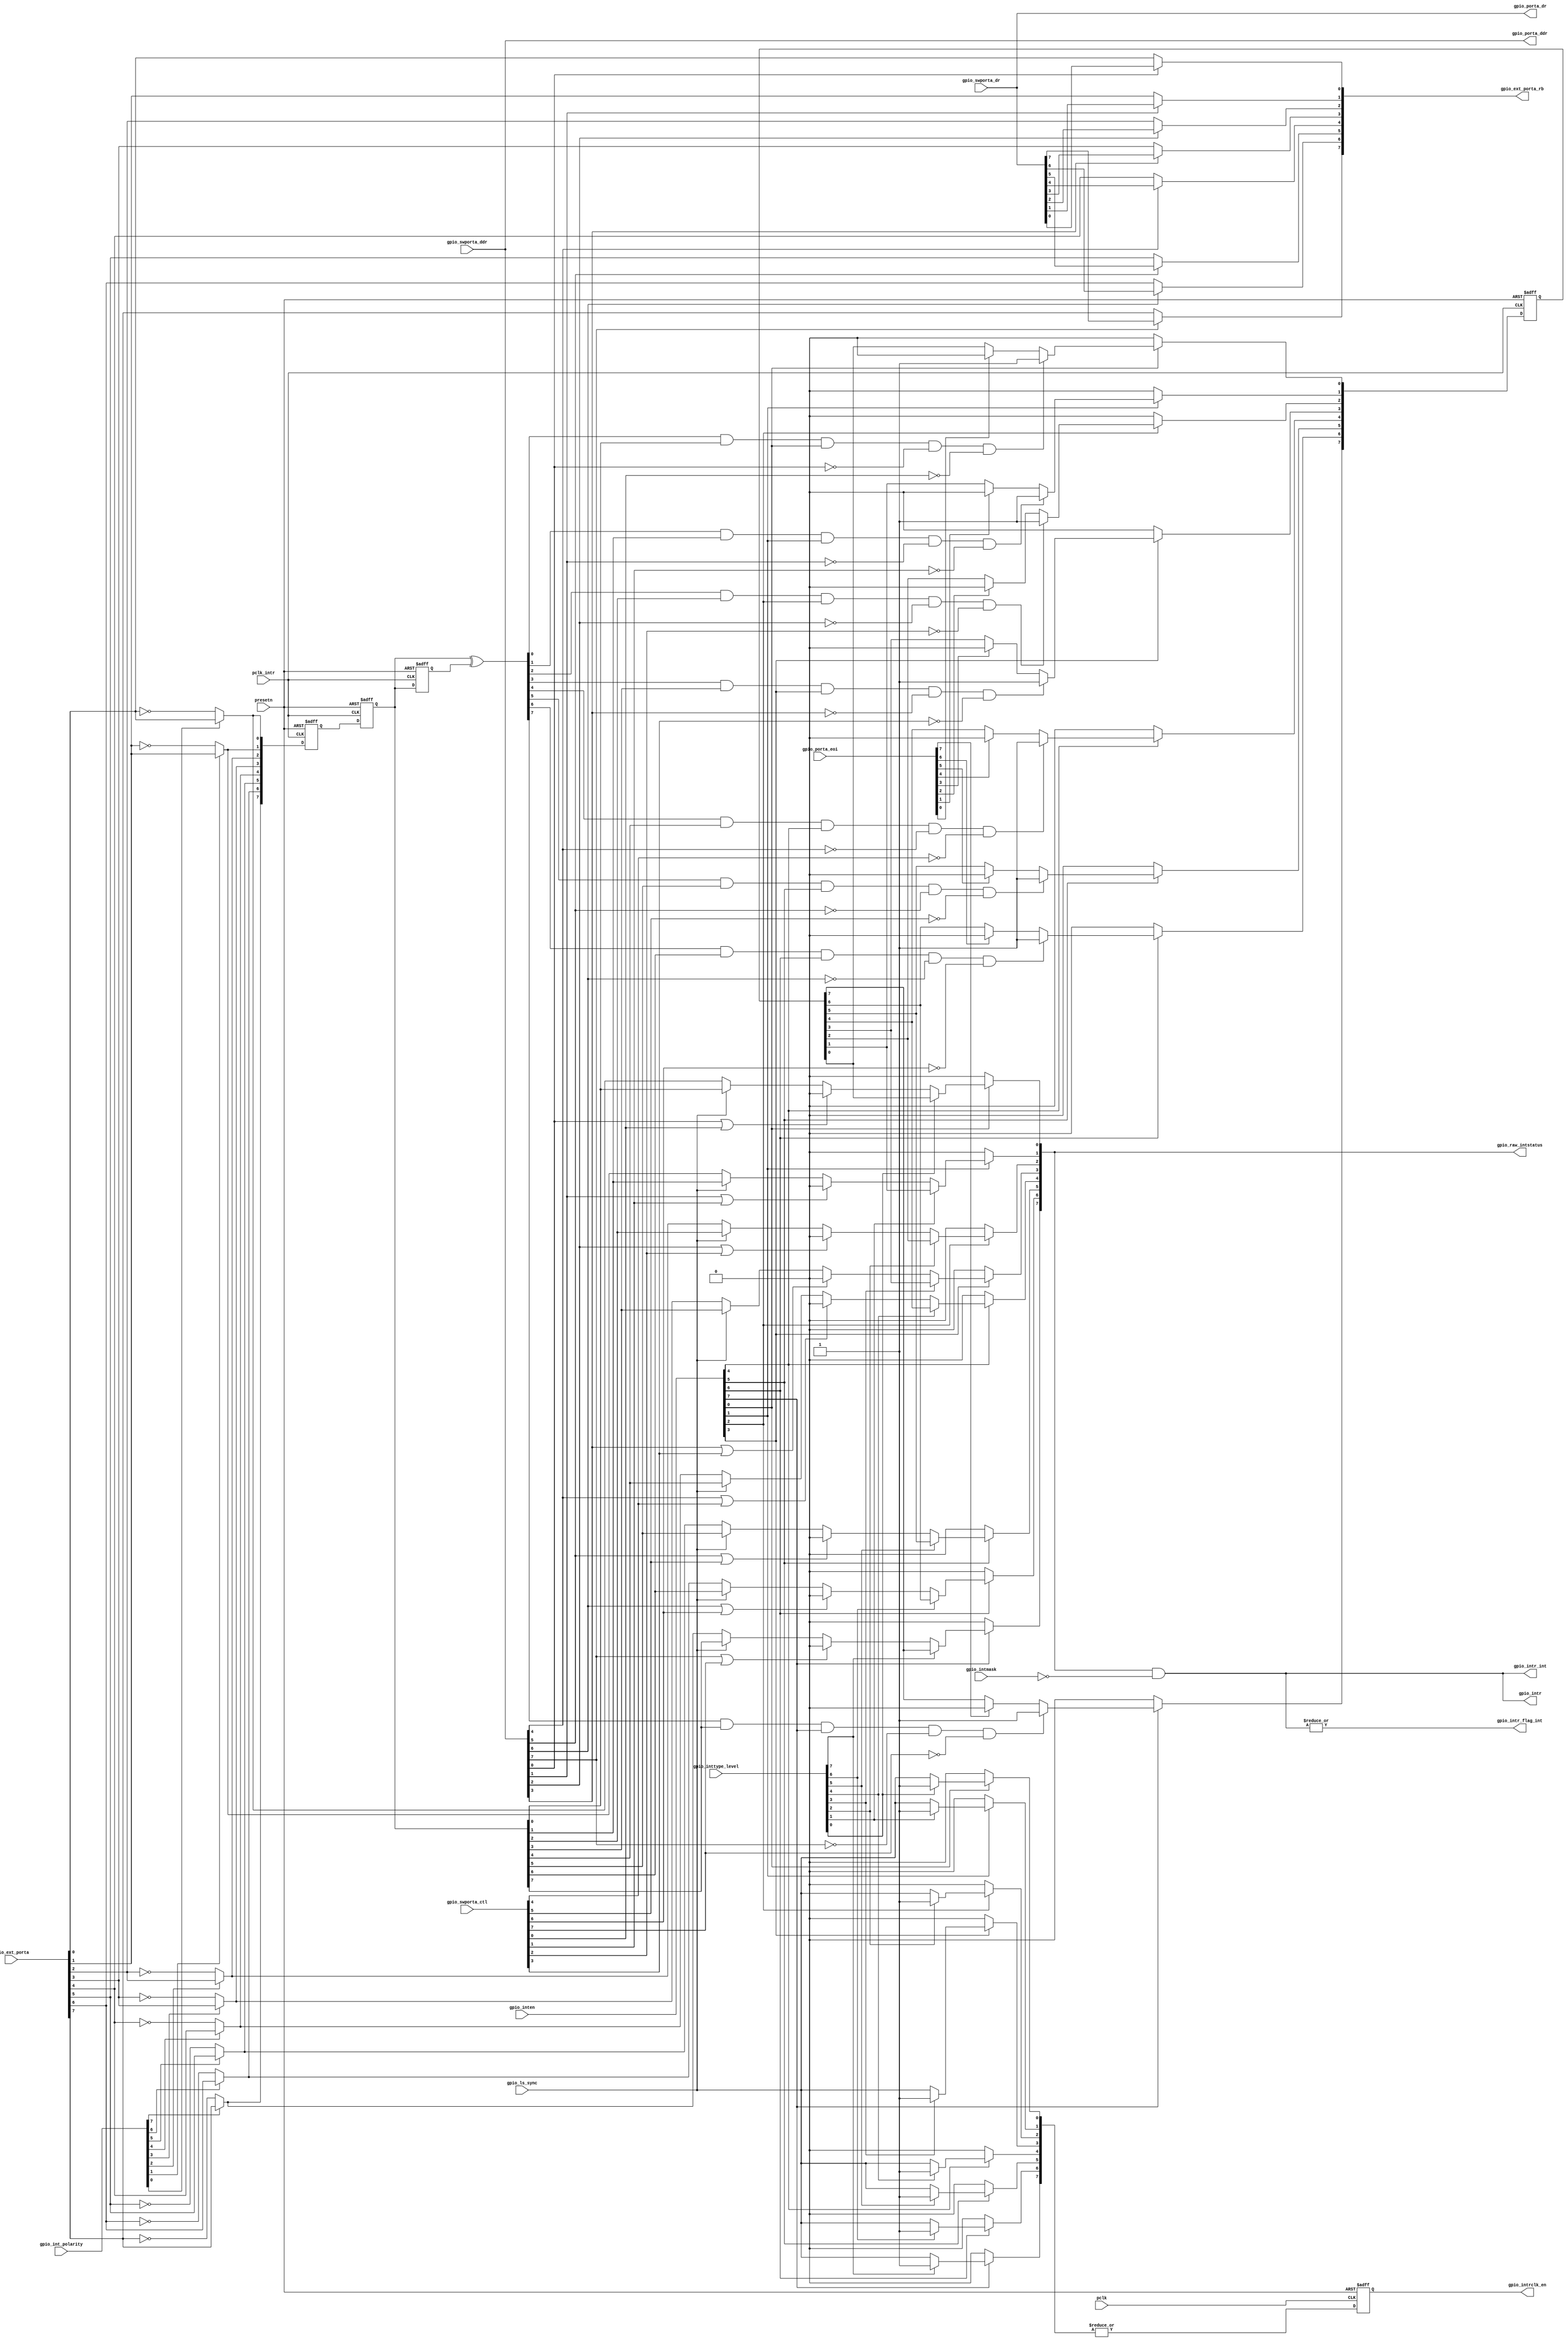
// This program was cloned from: https://github.com/verimake-team/SparkRoad-V
// License: MIT License

// *                                                                           *
// * C-Sky Microsystems Confidential                                           *
// * -------------------------------                                           *
// * This file and all its contents are properties of C-Sky Microsystems. The  *
// * information contained herein is confidential and proprietary and is not   *
// * to be disclosed outside of C-Sky Microsystems except under a              *
// * Non-Disclosure Agreement (NDA).                                           *
// *                                                                           *
// *****************************************************************************
// ORIGINAL TIME   :
// FUNCTION        : control gpio
// RESET           : asynchronism
// DFT             :
// DFP             :
// VERIFICATION    :
// RELEASE HISTORY :
// *****************************************************************************

// &ModuleBeg; @21
module gpio_ctrl(
  gpio_ext_porta,
  gpio_ext_porta_rb,
  gpio_int_polarity,
  gpio_inten,
  gpio_intmask,
  gpio_intr,
  gpio_intr_flag_int,
  gpio_intr_int,
  gpio_intrclk_en,
  gpio_inttype_level,
  gpio_ls_sync,
  gpio_porta_ddr,
  gpio_porta_dr,
  gpio_porta_eoi,
  gpio_raw_intstatus,
  gpio_swporta_ctl,
  gpio_swporta_ddr,
  gpio_swporta_dr,
  pclk,
  pclk_intr,
  presetn
);

// &Ports; @22
input   [7:0]  gpio_ext_porta;           
input   [7:0]  gpio_int_polarity;        
input   [7:0]  gpio_inten;               
input   [7:0]  gpio_intmask;             
input   [7:0]  gpio_inttype_level;       
input          gpio_ls_sync;             
input   [7:0]  gpio_porta_eoi;           
input   [7:0]  gpio_swporta_ctl;         
input   [7:0]  gpio_swporta_ddr;         
input   [7:0]  gpio_swporta_dr;          
input          pclk;                     
input          pclk_intr;                
input          presetn;                  
output  [7:0]  gpio_ext_porta_rb;        
output  [7:0]  gpio_intr;                
output         gpio_intr_flag_int;       
output  [7:0]  gpio_intr_int;            
output         gpio_intrclk_en;          
output  [7:0]  gpio_porta_ddr;           
output  [7:0]  gpio_porta_dr;            
output  [7:0]  gpio_raw_intstatus;       

// &Regs; @23
reg     [7:0]  ed_int_d1;                
reg     [7:0]  ed_out;                   
reg     [7:0]  gpio_ext_porta_int;       
reg     [7:0]  gpio_ext_porta_rb;        
reg     [7:0]  gpio_intr_ed_pm;          
reg            gpio_intrclk_en;          
reg     [7:0]  gpio_porta_ddr;           
reg     [7:0]  gpio_porta_dr;            
reg     [7:0]  int_gpio_raw_intstatus;   
reg     [7:0]  int_pre_in;               
reg     [7:0]  int_s1;                   
reg     [7:0]  int_sy_in;                
reg     [7:0]  intrclk_en;               
reg     [7:0]  ls_int_in;                

// &Wires; @24
wire    [7:0]  ed_rf;                    
wire    [7:0]  gpio_ext_porta;           
wire    [7:0]  gpio_int_polarity;        
wire    [7:0]  gpio_inten;               
wire    [7:0]  gpio_intmask;             
wire    [7:0]  gpio_intr;                
wire           gpio_intr_flag_int;       
wire    [7:0]  gpio_intr_int;            
wire           gpio_intrclk_en_int;      
wire    [7:0]  gpio_inttype_level;       
wire           gpio_ls_sync;             
wire    [7:0]  gpio_porta_eoi;           
wire    [7:0]  gpio_raw_intstatus;       
wire    [7:0]  gpio_swporta_ctl;         
wire    [7:0]  gpio_swporta_ctl_internal; 
wire    [7:0]  gpio_swporta_ddr;         
wire    [7:0]  gpio_swporta_dr;          
wire    [7:0]  int_in;                   
wire           pclk;                     
wire           pclk_intr;                
wire           presetn;                  


// &Force("output", "gpio_intr"); @26
// &Force("output", "gpio_intr_int"); @27
// &Force("output", "gpio_raw_intstatus"); @28
// &Force("output", "gpio_porta_ddr"); @29

// gpio_intrclk_en output asserted if any bit of port
// a is enabled for edge sensitive interrupts or
// any bit of port a is enabled for level sensitive
// interrupts and level sensitive synchronisation
// is required.
integer type_i;
// &CombBeg; @37
always @( gpio_inttype_level[1:0]
       or gpio_ls_sync
       or gpio_inten[7:0]
       or gpio_inttype_level[7:1])
begin

  for(type_i = 0 ; type_i < 8 ; type_i=type_i+1)
  begin
    if(gpio_inten[type_i] == 1'b1)
      if(gpio_inttype_level[type_i] == 1'b1)
        intrclk_en[type_i] = 1'b1;
      else
        intrclk_en[type_i] = gpio_ls_sync;
    else
      intrclk_en[type_i] = 1'b0;
  end
// &CombEnd; @49
end

assign gpio_intrclk_en_int = | intrclk_en;

always@(posedge pclk or negedge presetn)
begin
  if(!presetn)
    gpio_intrclk_en <= 1'b0;
  else
    gpio_intrclk_en <= gpio_intrclk_en_int;
end

// Input is inverted for falling edge or active low 
// sensitive interrupts.
integer polarity_i;
// &CombBeg; @64
always @( gpio_ext_porta[1:0]
       or gpio_int_polarity[7:0]
       or gpio_ext_porta[7:0]
       or gpio_int_polarity[1:0])
begin
  gpio_ext_porta_int[7:0] = {8{1'b0}};
  for(polarity_i = 0 ; polarity_i < 8 ; polarity_i=polarity_i+1)
  begin
    if(gpio_int_polarity[polarity_i] == 1'b0)
      gpio_ext_porta_int[polarity_i] =  ~gpio_ext_porta[polarity_i];
    else
      gpio_ext_porta_int[polarity_i] =  gpio_ext_porta[polarity_i];
  end
// &CombEnd; @73
end

// &CombBeg; @75
always @( gpio_ext_porta_int[7:0])
begin
  int_sy_in[7:0] = {8{1'b0}};
  int_sy_in[7:0] = gpio_ext_porta_int[7:0];
// &CombEnd; @78
end

// Meta-stabilty registers. Synchronize to pclk_intr. 
always @(posedge pclk_intr or negedge presetn)
begin
  if(!presetn)
    int_s1[7:0] <= {8{1'b0}};
  else
    int_s1[7:0] <= int_sy_in[7:0];
end

always @(posedge pclk_intr or negedge presetn)
begin 
  if(!presetn)
    int_pre_in[7:0] <= {8{1'b0}};
  else
    int_pre_in[7:0] <= int_s1;
end

assign int_in[7:0] = int_pre_in[7:0];

// edge detect circuitry.
always @(posedge pclk_intr or negedge presetn)
begin
  if(!presetn)
    ed_int_d1[7:0] <= {8{1'b0}};
  else
    ed_int_d1[7:0] <= int_in[7:0];
end

assign ed_rf[7:0] = int_in ^ ed_int_d1;

// Rising edge detect 
integer ed_j;
// &CombBeg; @112
always @( ed_rf[7:0]
       or int_in[7:0])
begin

  ed_out[7:0] = {8{1'b0}};
  for(ed_j = 0 ; ed_j < 8 ; ed_j=ed_j+1)
  begin
    ed_out[ed_j] =  ed_rf[ed_j] & int_in[ed_j];
  end
// &CombEnd; @119
end

// edge detect interrupt register pre-masking. If edge detection
// occurs at same time as write to interrupt clear register then 
// write to interrupt clear register will not clear the interrupt. 
// Interrupts can only be set when direction is input and in 
// software mode.
assign gpio_swporta_ctl_internal[7:0] = gpio_swporta_ctl[7:0];
integer int_k;
always @(posedge pclk_intr or negedge presetn)
begin
  if(!presetn)
    gpio_intr_ed_pm[7:0] <= {8{1'b0}};
  else
    for(int_k = 0 ; int_k < 8 ; int_k=int_k+1)
    begin
      if(gpio_inten[int_k] == 1'b0)
        gpio_intr_ed_pm[int_k] <= 1'b0;
      else
        if((ed_out[int_k] == 1'b1) &&
           (gpio_inten[int_k] == 1'b1) &&
           (gpio_swporta_ddr[int_k] == 1'b0) &&
           (gpio_swporta_ctl_internal[int_k] == 1'b0))
          gpio_intr_ed_pm[int_k] <= 1'b1;
      else
        if(gpio_porta_eoi[int_k] == 1'b1)
          gpio_intr_ed_pm[int_k] <= 1'b0;
    end
end

// Level senistive interrupts may pass through synchronization 
// and debounce logic. Under S/W control.
// Interrupts can only be set when direction is input and in
// software mode.
integer lsa_k;

// &CombBeg; @155
always @( int_in[7:0]
       or gpio_swporta_ddr[7:0]
       or gpio_swporta_ctl_internal[2:0]
       or gpio_ls_sync
       or int_sy_in[7:0]
       or gpio_swporta_ctl_internal[7:2])
begin
  ls_int_in[7:0] = {8{1'b0}};
  for(lsa_k = 0 ; lsa_k < 8 ; lsa_k=lsa_k+1)
  begin
    if(((gpio_swporta_ddr[lsa_k]) == 1'b1) ||  
        (gpio_swporta_ctl_internal[lsa_k] == 1'b1))
      ls_int_in[lsa_k] = 0;
    else
      if(gpio_ls_sync == 1'b1)
        ls_int_in[lsa_k] = int_in[lsa_k];
      else
        ls_int_in[lsa_k] = int_sy_in[lsa_k];
  end
// &CombEnd; @168
end

// Level or edge sensitive interrupts 
integer raw_l;

// &CombBeg; @173
always @( gpio_inten[7:3]
       or gpio_intr_ed_pm[2:0]
       or gpio_intr_ed_pm[7:1]
       or gpio_inten[4:0]
       or gpio_inttype_level[7:0]
       or ls_int_in[7:0])
begin
  int_gpio_raw_intstatus[7:0] = {8{1'b0}};
  for(raw_l = 0 ; raw_l < 8 ; raw_l=raw_l+1)
  begin
    if(gpio_inten[raw_l] == 1'b0)
      int_gpio_raw_intstatus[raw_l] = 0;
    else
      if(gpio_inttype_level[raw_l] == 1'b1)
        int_gpio_raw_intstatus[raw_l] = gpio_intr_ed_pm[raw_l];
      else
        int_gpio_raw_intstatus[raw_l] = ls_int_in[raw_l];
  end
// &CombEnd; @185
end

assign gpio_raw_intstatus[7:0] = int_gpio_raw_intstatus[7:0];
assign gpio_intr_int[7:0] = gpio_raw_intstatus[7:0] & ~gpio_intmask[7:0]; 
assign gpio_intr[7:0] = gpio_intr_int[7:0];

assign gpio_intr_flag_int = |gpio_intr_int[7:0];
// &CombBeg; @192
always @( gpio_swporta_dr[7:0])
begin
  gpio_porta_dr[7:0] = {8{1'b0}};
  gpio_porta_dr[7:0] = gpio_swporta_dr[7:0];
// &CombEnd; @195
end

// &CombBeg; @197
always @( gpio_swporta_ddr[7:0])
begin
  gpio_porta_ddr[7:0] = {8{1'b0}};
  gpio_porta_ddr[7:0] = gpio_swporta_ddr[7:0];
// &CombEnd; @200
end

integer rba_i;

// &CombBeg; @204
always @( gpio_swporta_dr[2:1]
       or gpio_ext_porta[7:0]
       or gpio_swporta_dr[7:0]
       or gpio_porta_ddr[7:0])
begin
  gpio_ext_porta_rb[7:0] = {8{1'b0}};
  for(rba_i = 0 ; rba_i < 8 ; rba_i=rba_i+1)
  begin
    if(gpio_porta_ddr[rba_i] == 1'b1)
      gpio_ext_porta_rb[rba_i] = gpio_swporta_dr[rba_i];
    else
      gpio_ext_porta_rb[rba_i] = gpio_ext_porta[rba_i];
  end
// &CombEnd; @213
end

integer rbb_i;

// &ModuleEnd; @217
endmodule